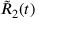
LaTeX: { \tilde { R } } _ { 2 } ( t )